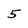
Character: 5